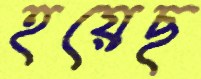
হয়েছ